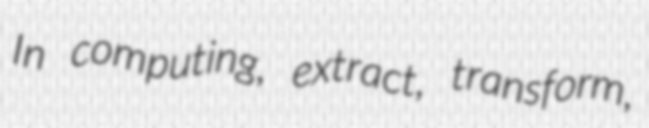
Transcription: In computing, extract, transform,